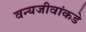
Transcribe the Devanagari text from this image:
वन्यजीवांकडे